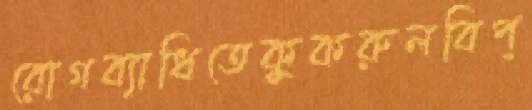
রোগব্যাধিতেকুকরুলবিপ্